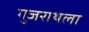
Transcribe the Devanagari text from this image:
गुजराथला